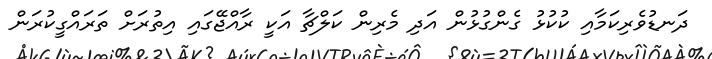
ދަނޑުވެރިކަމާއި ކުކުޅު ގެންގުޅުން އަދި މެރިން ކަލްޗާ އަކީ ރާއްޖޭގައި އިތުރަށް ތަރައްގީކުރަން